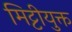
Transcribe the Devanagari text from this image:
मिट्टीयुक्त